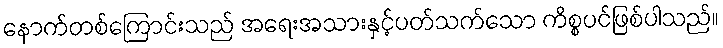
နောက်တစ်ကြောင်းသည် အရေးအသားနှင့်ပတ်သက်သော ကိစ္စပင်ဖြစ်ပါသည်။